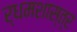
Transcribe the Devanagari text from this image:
र्धमशास्त्र